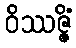
ဝိဿဇ္ဇိံ